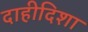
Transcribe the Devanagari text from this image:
दाहीदिशा